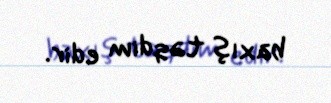
baxış təqdim edir.